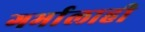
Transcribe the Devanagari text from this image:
गर्भालाही